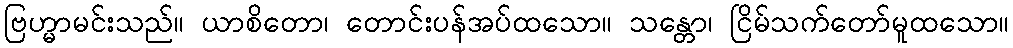
ဗြဟ္မာမင်းသည်။ ယာစိတော၊ တောင်းပန်အပ်ထသော။ သန္တော၊ ငြိမ်သက်တော်မူထသော။